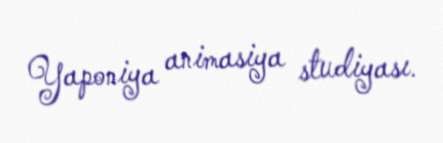
Yaponiya animasiya studiyası.